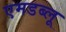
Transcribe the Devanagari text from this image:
एमडब्लू